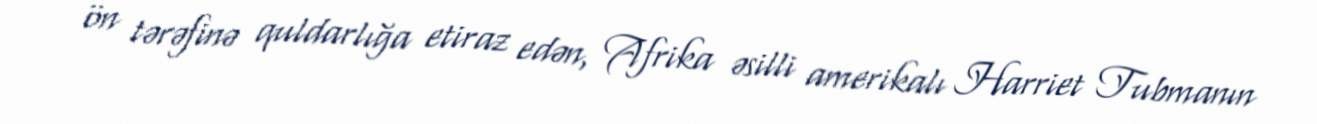
ön tərəfinə quldarlığa etiraz edən, Afrika əsilli amerikalı Harriet Tubmanın